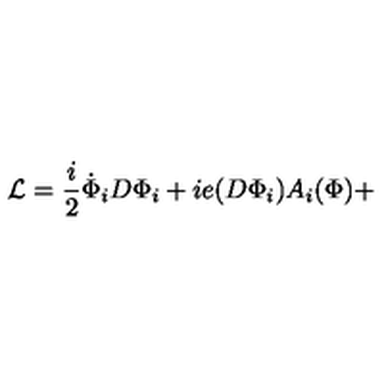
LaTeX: { \cal { L } } = \frac { i } { 2 } \dot { \Phi } _ { i } D \Phi _ { i } + i e ( D \Phi _ { i } ) A _ { i } ( \Phi ) +